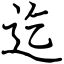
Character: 迄